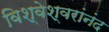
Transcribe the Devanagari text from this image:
विश्वेश्वरांनंद